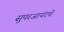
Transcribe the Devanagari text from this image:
सुपरजायंटचे